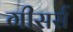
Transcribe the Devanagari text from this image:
गीसर्स